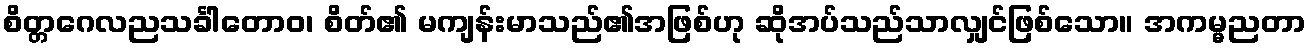
စိတ္တဂေလညသင်္ခါတောဝ၊ စိတ်၏ မကျန်းမာသည်၏အဖြစ်ဟု ဆိုအပ်သည်သာလျှင်ဖြစ်သော။ အကမ္မညတာ